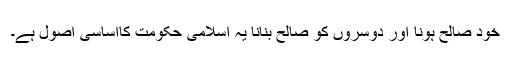
خود صالح ہونا اور دوسروں کو صالح بنانا یہ اسلامی حکومت کااساسی اصول ہے۔